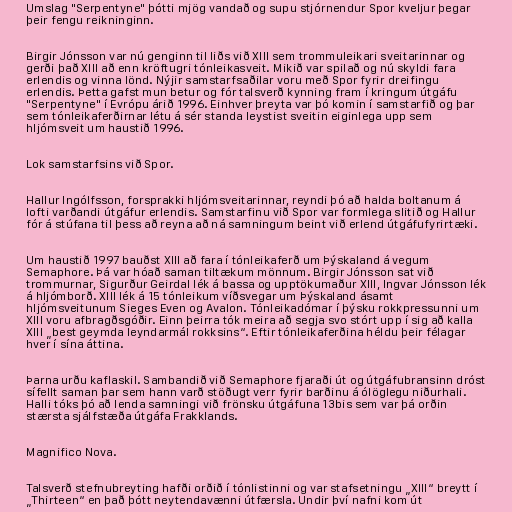
Umslag "Serpentyne" þótti mjög vandað og supu stjórnendur Spor kveljur þegar
þeir fengu reikninginn.

Birgir Jónsson var nú genginn til liðs við XIII sem trommuleikari sveitarinnar og
gerði það XIII að enn kröftugri tónleikasveit. Mikið var spilað og nú skyldi fara
erlendis og vinna lönd. Nýjir samstarfsaðilar voru með Spor fyrir dreifingu
erlendis. Þetta gafst mun betur og fór talsverð kynning fram í kringum útgáfu
"Serpentyne" í Evrópu árið 1996. Einhver þreyta var þó komin í samstarfið og þar
sem tónleikaferðirnar létu á sér standa leystist sveitin eiginlega upp sem
hljómsveit um haustið 1996.

Lok samstarfsins við Spor.

Hallur Ingólfsson, forsprakki hljómsveitarinnar, reyndi þó að halda boltanum á
lofti varðandi útgáfur erlendis. Samstarfinu við Spor var formlega slitið og Hallur
fór á stúfana til þess að reyna að ná samningum beint við erlend útgáfufyrirtæki.

Um haustið 1997 bauðst XIII að fara í tónleikaferð um Þýskaland á vegum
Semaphore. Þá var hóað saman tiltækum mönnum. Birgir Jónsson sat við
trommurnar, Sigurður Geirdal lék á bassa og upptökumaður XIII, Ingvar Jónsson lék
á hljómborð. XIII lék á 15 tónleikum víðsvegar um Þýskaland ásamt
hljómsveitunum Sieges Even og Avalon. Tónleikadómar í þýsku rokkpressunni um
XIII voru afbragðsgóðir. Einn þeirra tók meira að segja svo stórt upp í sig að kalla
XIII „best geymda leyndarmál rokksins“. Eftir tónleikaferðina héldu þeir félagar
hver í sína áttina.

Þarna urðu kaflaskil. Sambandið við Semaphore fjaraði út og útgáfubransinn dróst
sífellt saman þar sem hann varð stöðugt verr fyrir barðinu á ólöglegu niðurhali.
Halli tóks þó að lenda samningi við frönsku útgáfuna 13bis sem var þá orðin
stærsta sjálfstæða útgáfa Frakklands.

Magnifico Nova.

Talsverð stefnubreyting hafði orðið í tónlistinni og var stafsetningu „XIII“ breytt í
„Thirteen“ en það þótt neytendavænni útfærsla. Undir því nafni kom út